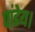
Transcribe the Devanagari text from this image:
पांडेय।